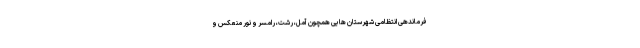
فرماندهی انتظامی شهرستان هایی همچون آمل، رشت، رامسر و نور منعکس و